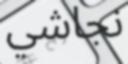
نجاشي